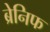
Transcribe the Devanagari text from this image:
ब्रेनिफ